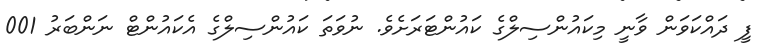
ފީ ދައްކަވަން ވާނީ މިކައުންސިލްގެ ކައުންޓަރަށެވެ. ނުވަތަ ކައުންސިލްގެ އެކައުންޓް ނަންބަރު 001